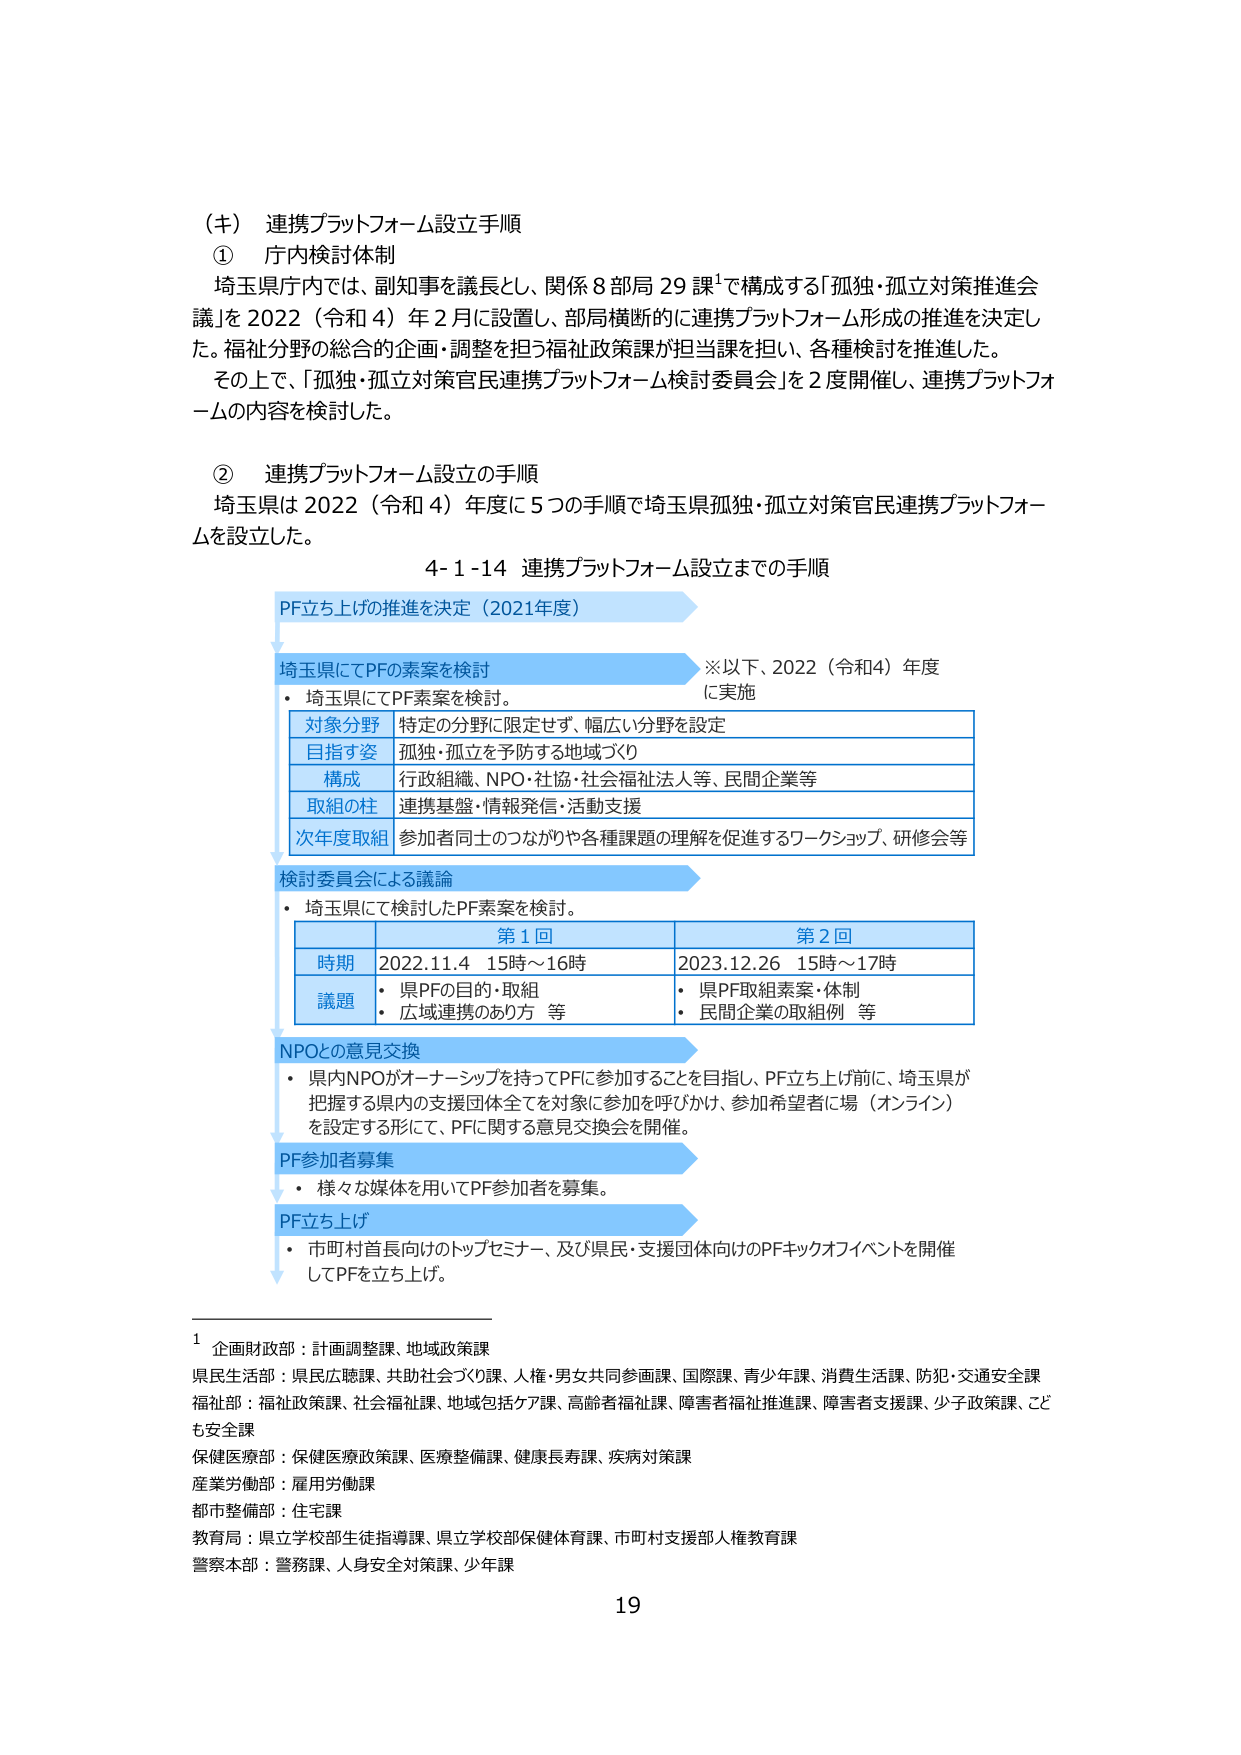
（キ） 連携プラットフォーム設立手順
① 庁内検討体制
埼玉県庁内では、副知事を議長とし、関係８部局29課¹で構成する「孤独・孤立対策推進会議」を2022（令和4）年2月に設置し、部局横断的に連携プラットフォーム形成の推進を決定した。福祉分野の総合的企画・調整を担う福祉政策課が担当課を担い、各種検討を推進した。
その上で、「孤独・孤立対策官民連携プラットフォーム検討委員会」を2度開催し、連携プラットフォームの内容を検討した。

② 連携プラットフォーム設立の手順
埼玉県は2022（令和4）年度に5つの手順で埼玉県孤独・孤立対策官民連携プラットフォームを設立した。

4-1-14 連携プラットフォーム設立までの手順

PF立ち上げの推進を決定（2021年度）

埼玉県にてPFの素案を検討
・埼玉県にてPF素案を検討。
※以下、2022（令和4）年度に実施

| 対象分野 | 特定の分野に限定せず、幅広い分野を設定 |
|----------|----------------------------------------|
| 目指す姿 | 孤独・孤立を予防する地域づくり |
| 構成     | 行政組織、NPO・社協・社会福祉法人等、民間企業等 |
| 取組の柱 | 連携基盤・情報発信・活動支援 |
| 次年度取組 | 参加者同士のつながりや各種課題の理解を促進するワークショップ、研修会等 |

検討委員会による議論
・埼玉県にて検討したPF素案を検討。

|       | 第1回                     | 第2回                     |
|-------|---------------------------|---------------------------|
| 時期  | 2022.11.4 15時～16時     | 2023.12.26 15時～17時     |
| 議題  | ・県PFの目的・取組<br>・広域連携のあり方 等 | ・県PF取組素案・体制<br>・民間企業の取組例 等 |

NPOとの意見交換
・県内NPOがオーナーシップを持ってPFに参加することを目指し、PF立ち上げ前に、埼玉県が把握する県内の支援団体全てを対象に参加を呼びかけ、参加希望者に場（オンライン）を設定する形にて、PFに関する意見交換会を開催。

PF参加者募集
・様々な媒体を用いてPF参加者を募集。

PF立ち上げ
・市町村首長向けのトップセミナー、及び県民・支援団体向けのPFキックオフイベントを開催してPFを立ち上げ。

¹ 企画財政部：計画調整課、地域政策課
県民生活部：県民広聴課、共助社会づくり課、人権・男女共同参画課、国際課、青少年課、消費生活課、防犯・交通安全課
福祉部：福祉政策課、社会福祉課、地域包括ケア課、高齢者福祉課、障害者福祉推進課、障害者支援課、少子政策課、こども安全課
保健医療部：保健医療政策課、医療整備課、健康長寿課、疾病対策課
産業労働部：雇用労働課
都市整備部：住宅課
教育局：県立学校部生徒指導課、県立学校部保健体育課、市町村支援部人権教育課
警察本部：警務課、人身安全対策課、少年課

19